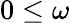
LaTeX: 0\leq\omega